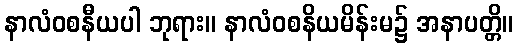
နာလံဝစနီယပါ ဘုရား။ နာလံဝစနိယမိန်းမ၌ အနာပတ္တိ။